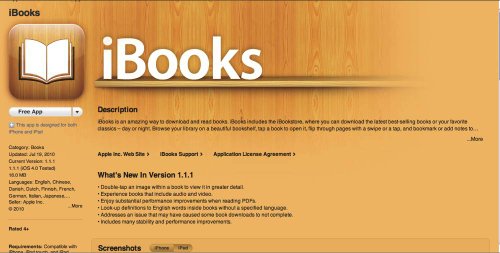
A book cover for iBooks for iPhone 1.1 Review; Jim Lynch; Computers & Technology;